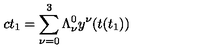
c t _ { 1 } = \sum _ { \nu = 0 } ^ { 3 } \Lambda _ { \nu } ^ { 0 } y ^ { \nu } ( t ( t _ { 1 } ) )